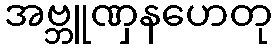
အဗ္ဘူဏှနဟေတု